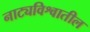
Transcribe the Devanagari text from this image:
नाट्यविश्वातील